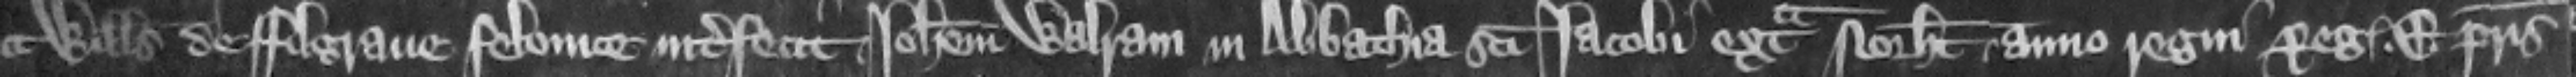
a Willelmus de ffilgraue felonice interfecit Iohannem Walram in abbathia sancti Iacobi extra Northamton. anno regni reg. Edwardi patris